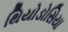
થિયોડોસિયા